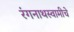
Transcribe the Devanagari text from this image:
रंगनाथस्वामीचे